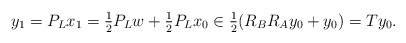
\begin{align*}y_1=P_Lx_1=\tfrac{1}{2}P_Lw+\tfrac{1}{2}P_Lx_0\in\tfrac{1}{2}(R_BR_A y_0+y_0)=Ty_0.\end{align*}